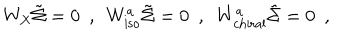
W _ { \mathrm { X } } \tilde { \Sigma } = 0 \, \, \, , \, \, \, W _ { \mathrm { i s o } } ^ { a } \tilde { \Sigma } = 0 \, \, \, , \, \, \, W _ { \mathrm { c h i r a l } } ^ { a } \tilde { \Sigma } = 0 \, \, \, ,